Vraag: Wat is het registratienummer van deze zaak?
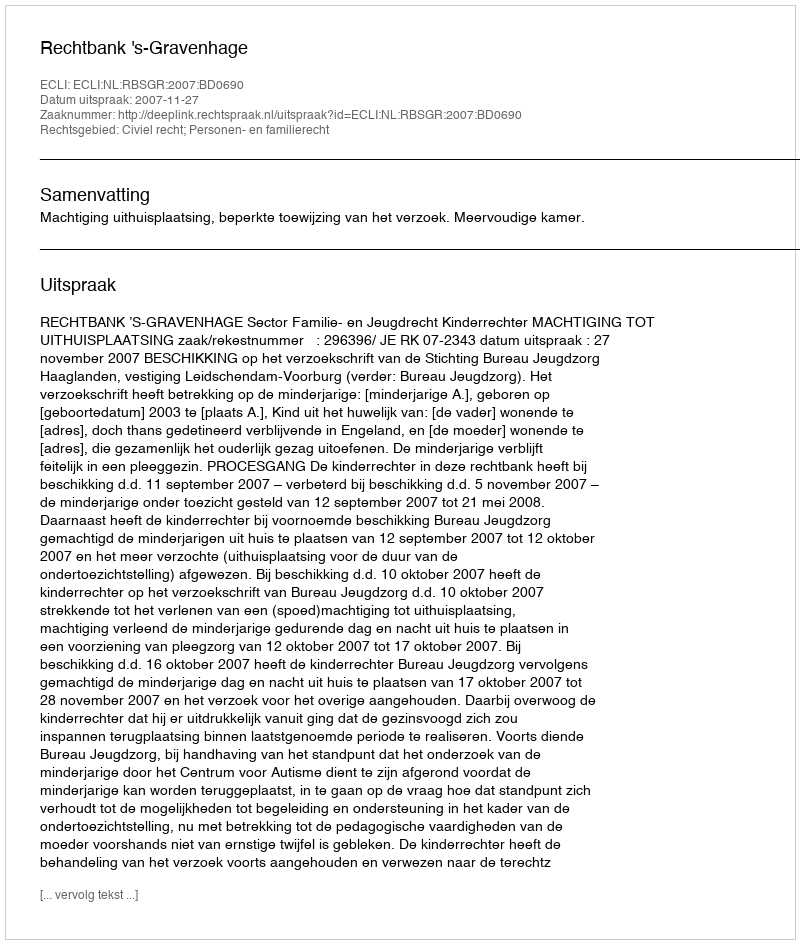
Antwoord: http://deeplink.rechtspraak.nl/uitspraak?id=ECLI:NL:RBSGR:2007:BD0690